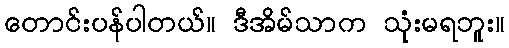
တောင်းပန်ပါတယ်။ ဒီအိမ်သာက သုံးမရဘူး။